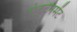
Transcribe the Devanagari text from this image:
एंटर्टेनमेंट